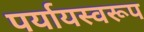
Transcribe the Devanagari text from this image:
पर्यायस्वरूप